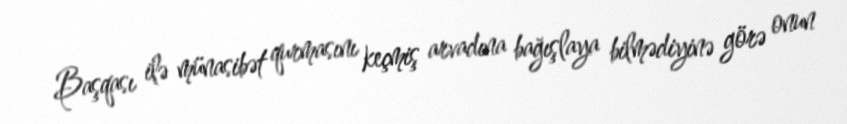
Başqası ilə münasibət qurmasını keçmiş arvadına bağışlaya bilmədiyinə görə onun